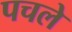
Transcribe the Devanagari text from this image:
पचले